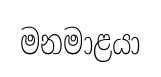
මනමාළයා